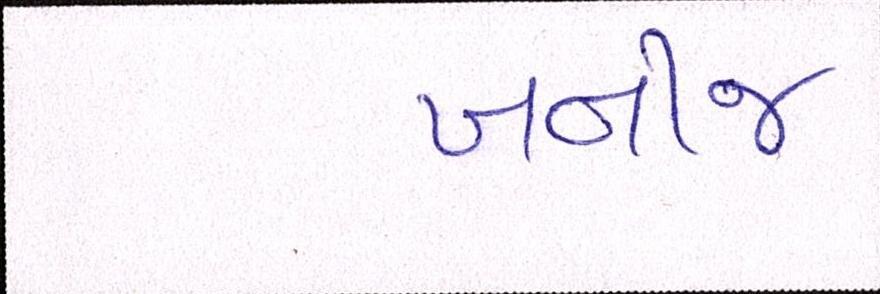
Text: ખનીજ